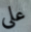
على